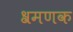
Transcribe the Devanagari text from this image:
श्रमणक